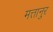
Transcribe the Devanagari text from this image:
मत्तानुर